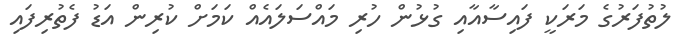
ލުތުފަރުގެ މަރަކީ ފައިސާއާއި ގުޅުން ހުރި މައްސަލައެއް ކަމަށް ކުރިން އަޑު ފެތުރިފައި